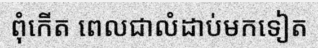
ពុំកើត ពេលជាលំដាប់មកទៀត